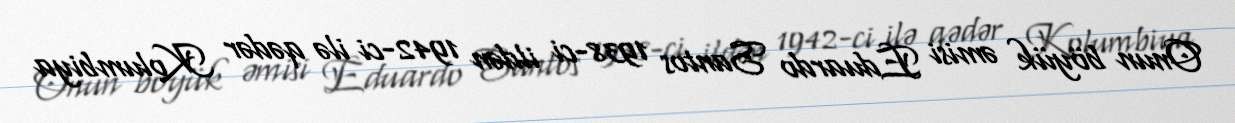
Onun böyük əmisi Eduardo Santos 1938-ci ildən 1942-ci ilə qədər Kolumbiya